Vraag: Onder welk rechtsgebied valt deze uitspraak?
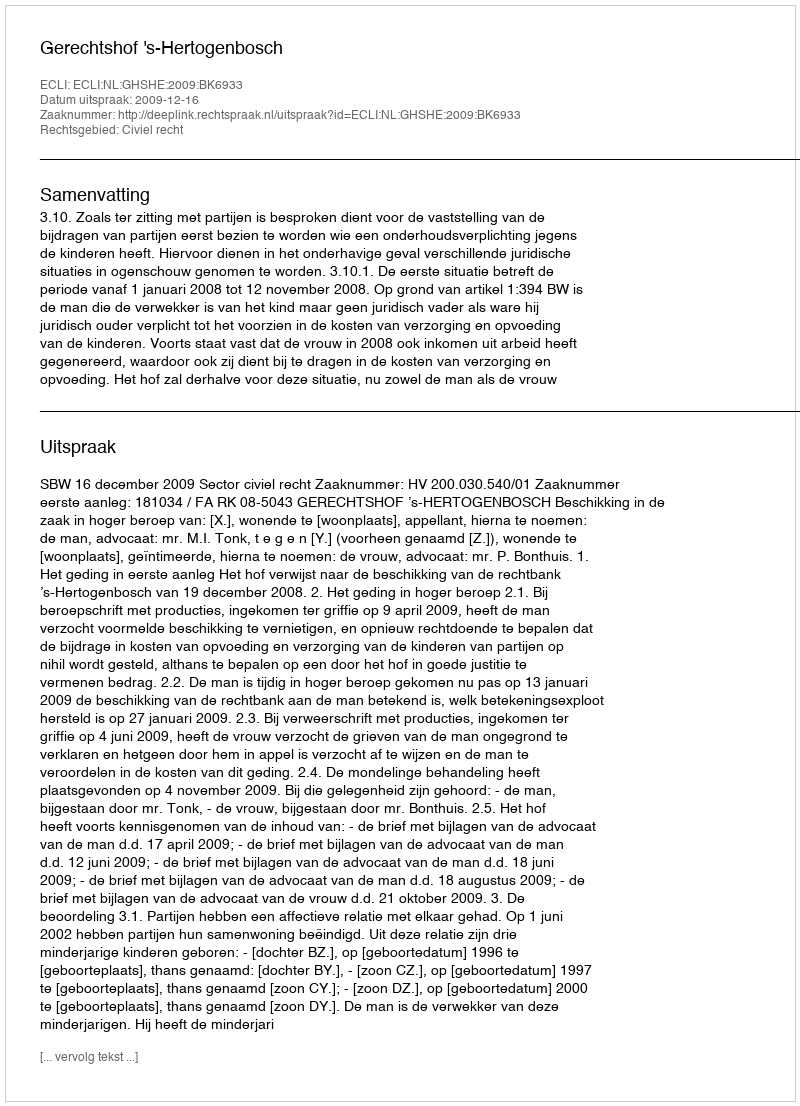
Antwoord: Civiel recht